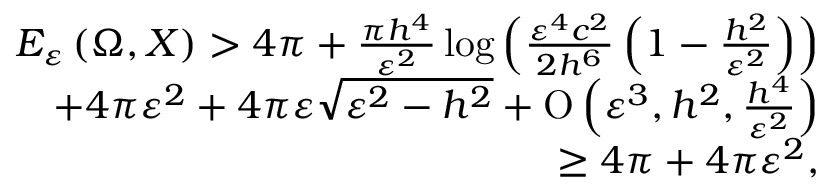
\begin{array} { r } { E _ { \varepsilon } \left( \Omega , X \right) > 4 \pi + \frac { \pi h ^ { 4 } } { \varepsilon ^ { 2 } } \log { \left( \frac { \varepsilon ^ { 4 } c ^ { 2 } } { 2 h ^ { 6 } } \left( 1 - \frac { h ^ { 2 } } { \varepsilon ^ { 2 } } \right) \right) } } \\ { + 4 \pi \varepsilon ^ { 2 } + 4 \pi \varepsilon \sqrt { \varepsilon ^ { 2 } - h ^ { 2 } } + \ensuremath { \operatorname { O } \left( \varepsilon ^ { 3 } , h ^ { 2 } , \frac { h ^ { 4 } } { \varepsilon ^ { 2 } } \right) } } \\ { \geq 4 \pi + 4 \pi \varepsilon ^ { 2 } , } \end{array}